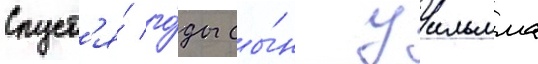
Спуст'я́ го́ды сы́н уильяма